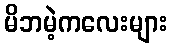
မိဘမဲ့ကလေးများ